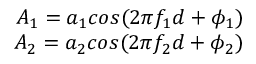
\begin{array} { r } { A _ { 1 } = a _ { 1 } c o s ( 2 \pi f _ { 1 } d + \phi _ { 1 } ) } \\ { A _ { 2 } = a _ { 2 } c o s ( 2 \pi f _ { 2 } d + \phi _ { 2 } ) } \end{array}